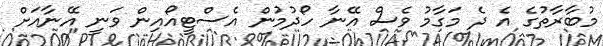
މުބާރާތުގެ އެ ދެ މަގާމު ވެސް އޭނާ ހޯދުމުން އެސްޓީއޯއިން ވަނީ އޭނާއަށް